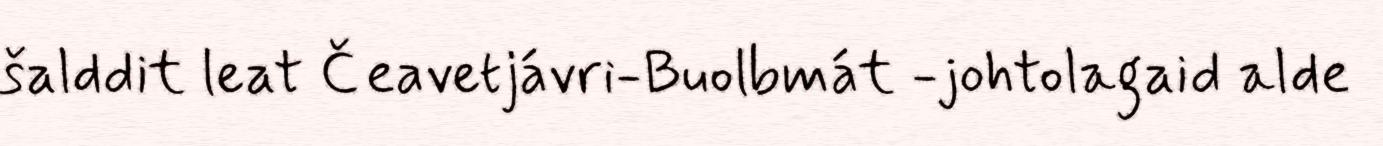
šalddit leat Čeavetjávri-Buolbmát -johtolagaid alde